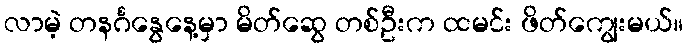
လာမဲ့ တနင်္ဂနွေနေ့မှာ မိတ်ဆွေ တစ်ဦးက ထမင်း ဖိတ်ကျွေးမယ်။